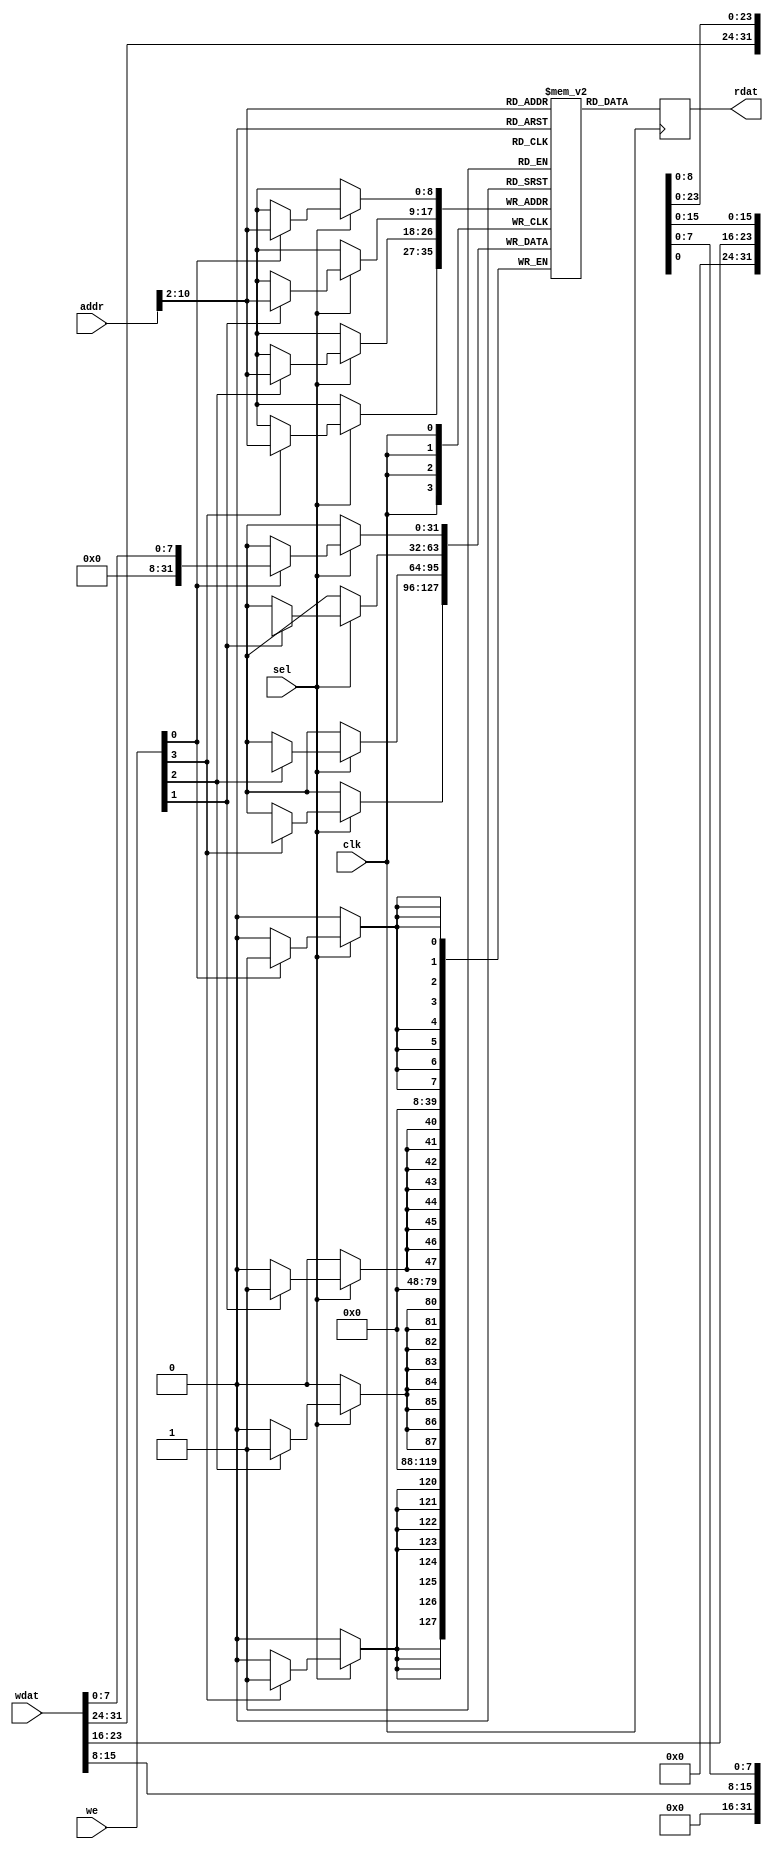
// This program was cloned from: https://github.com/emeb/up5k_osc
// License: MIT License

/*
 * bram_512x32.v - byte-addressable RAM in block ram
 * 07-01-19 E. Brombaugh
 */
 
`default_nettype none

module bram_512x32(
	input clk,
	input sel,
	input [3:0] we,
	input [10:0] addr,
	input [31:0] wdat,
	output reg [31:0] rdat
);
	// memory
	reg [31:0] ram[511:0];
	
	// write logic
	always @(posedge clk)
		if(sel)
		begin
			if(we[0])
				ram[addr[10:2]][7:0] <= wdat[7:0];
			if(we[1])
				ram[addr[10:2]][15:8] <= wdat[15:8];
			if(we[2])
				ram[addr[10:2]][23:16] <= wdat[23:16];
			if(we[3])
				ram[addr[10:2]][31:24] <= wdat[31:24];
		end
	
	// read logic
	always @(posedge clk)
		rdat <= ram[addr[10:2]];

endmodule